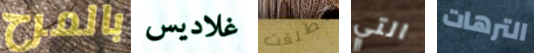
بالمرح غلاديس تطلقت التي الترهات